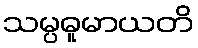
သမ္ပဓူမာယတိ